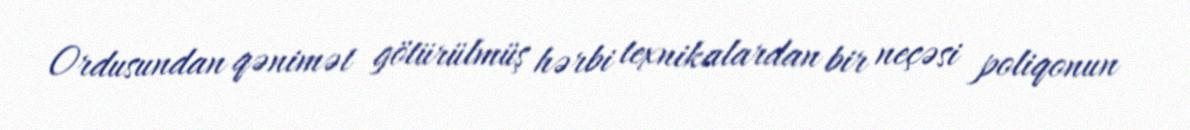
Ordusundan qənimət götürülmüş hərbi texnikalardan bir neçəsi poliqonun